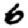
Digit: 6